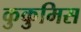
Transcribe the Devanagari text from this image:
कुकुमिस